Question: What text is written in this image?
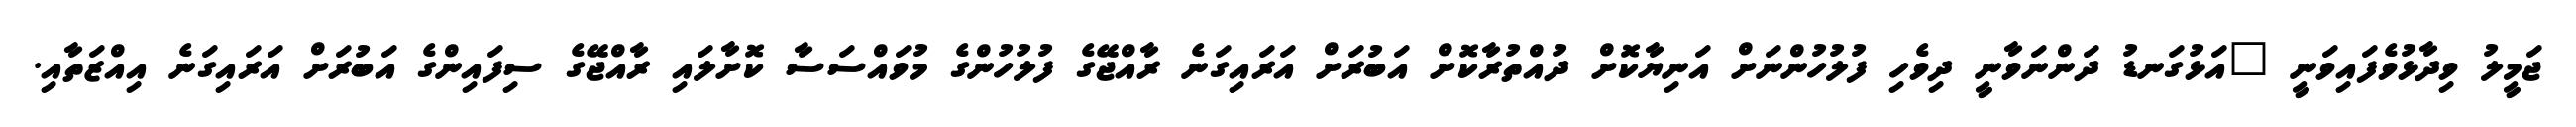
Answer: ޖަމީލު ވިދާޅުވެފައިވަނީ "އަޅުގަނޑު ދަންނަވާނީ ދިވެހި ފުލުހުންނަށް އަނިޔާކޮށް ދުއްތުރާކޮށް އަބުރަށް އަރައިގަނެ ރާއްޖޭގެ ފުލުހުންގެ މުވައްސަސާ ކޮށާލައި ރާއްޖޭގެ ސިފައިންގެ އަބުރަށް އަރައިގަނެ އިއްޒަތާއި.